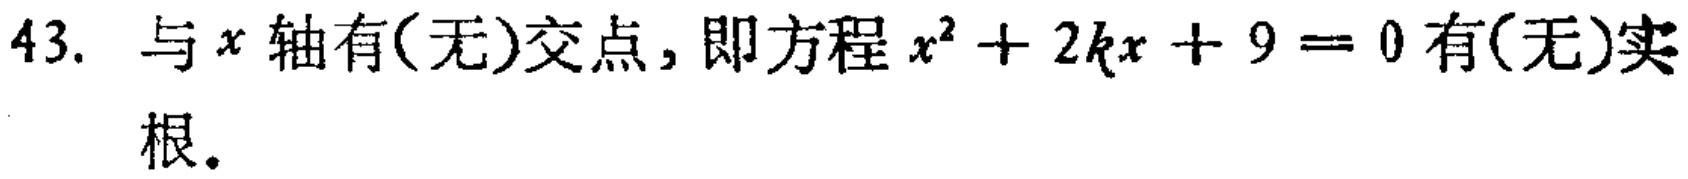
43. 与\(x\)轴有(无)交点, 即方程\(x^{2}+2kx + 9 = 0\)有(无)实根.